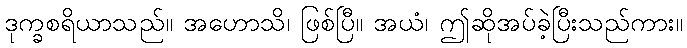
ဒုက္ခစရိယာသည်။ အဟောသိ၊ ဖြစ်ပြီ။ အယံ၊ ဤဆိုအပ်ခဲ့ပြီးသည်ကား။